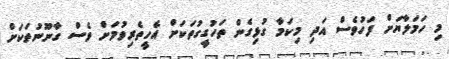
މި ހަމަލާޔަށް ފަހުވެސް އަދި މިކަމާ ގުޅިގެން ތަހުގީގުތަކަށް އެހީތެރިވުމަށް ވެސް ގާނޫނުތަކަށް